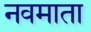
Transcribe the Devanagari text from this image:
नवमाता